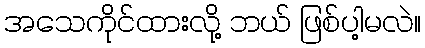
အသေကိုင်ထားလို့ ဘယ် ဖြစ်ပါ့မလဲ။